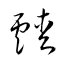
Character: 靉